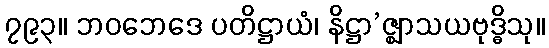
၇၉၃။ ဘဝဘေဒေ ပတိဋ္ဌာယံ၊ နိဋ္ဌာ’ဇ္ဈာသယဗုဒ္ဓိသု။